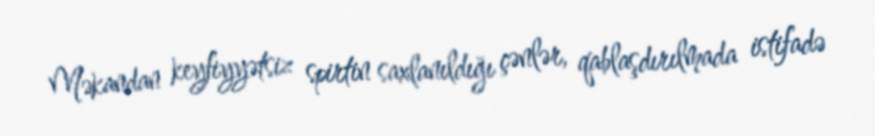
Məkandan keyfiyyətsiz spirtin saxlanıldığı çənlər, qablaşdırılmada istifadə